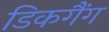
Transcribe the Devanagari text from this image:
डिकगैंग